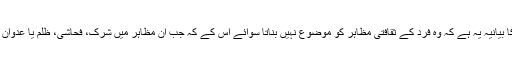
مذہب و ثقافت کے تعلق میں دین اسلام کا بیانیہ یہ ہے کہ وہ فرد کے ثقافتی مظاہر کو موضوع نہیں بناتا سوائے اس کے کہ جب ان مظاہر میں شرک، فحاشی، ظلم یا عدوان جیسی کسی بد اخلاقی کا پہلو پایا جائے۔